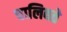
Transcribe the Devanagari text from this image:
चालिवते